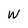
Character: w